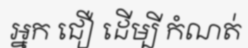
អ្នក ជឿ ដើម្បី កំណត់